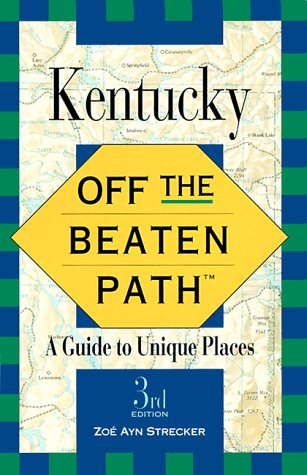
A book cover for Kentucky: Off the Beaten Path (Off the Beaten Path Kentucky); Zoe Ayn Strecker; Travel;